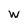
Character: w